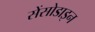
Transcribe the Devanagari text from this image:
सेंसोडाइन